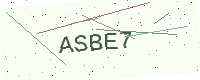
Text: ASBE7